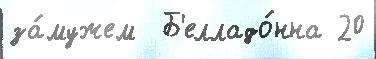
за́мужем  Б'елладо́нна 20